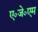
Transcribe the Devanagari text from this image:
ए०जे०एम